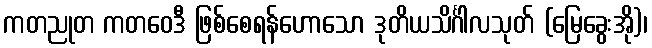
ကတညုတ ကတဝေဒီ ဖြစ်စေရန်ဟောသော ဒုတိယသိင်္ဂါလသုတ် (မြေခွေးအို)၊